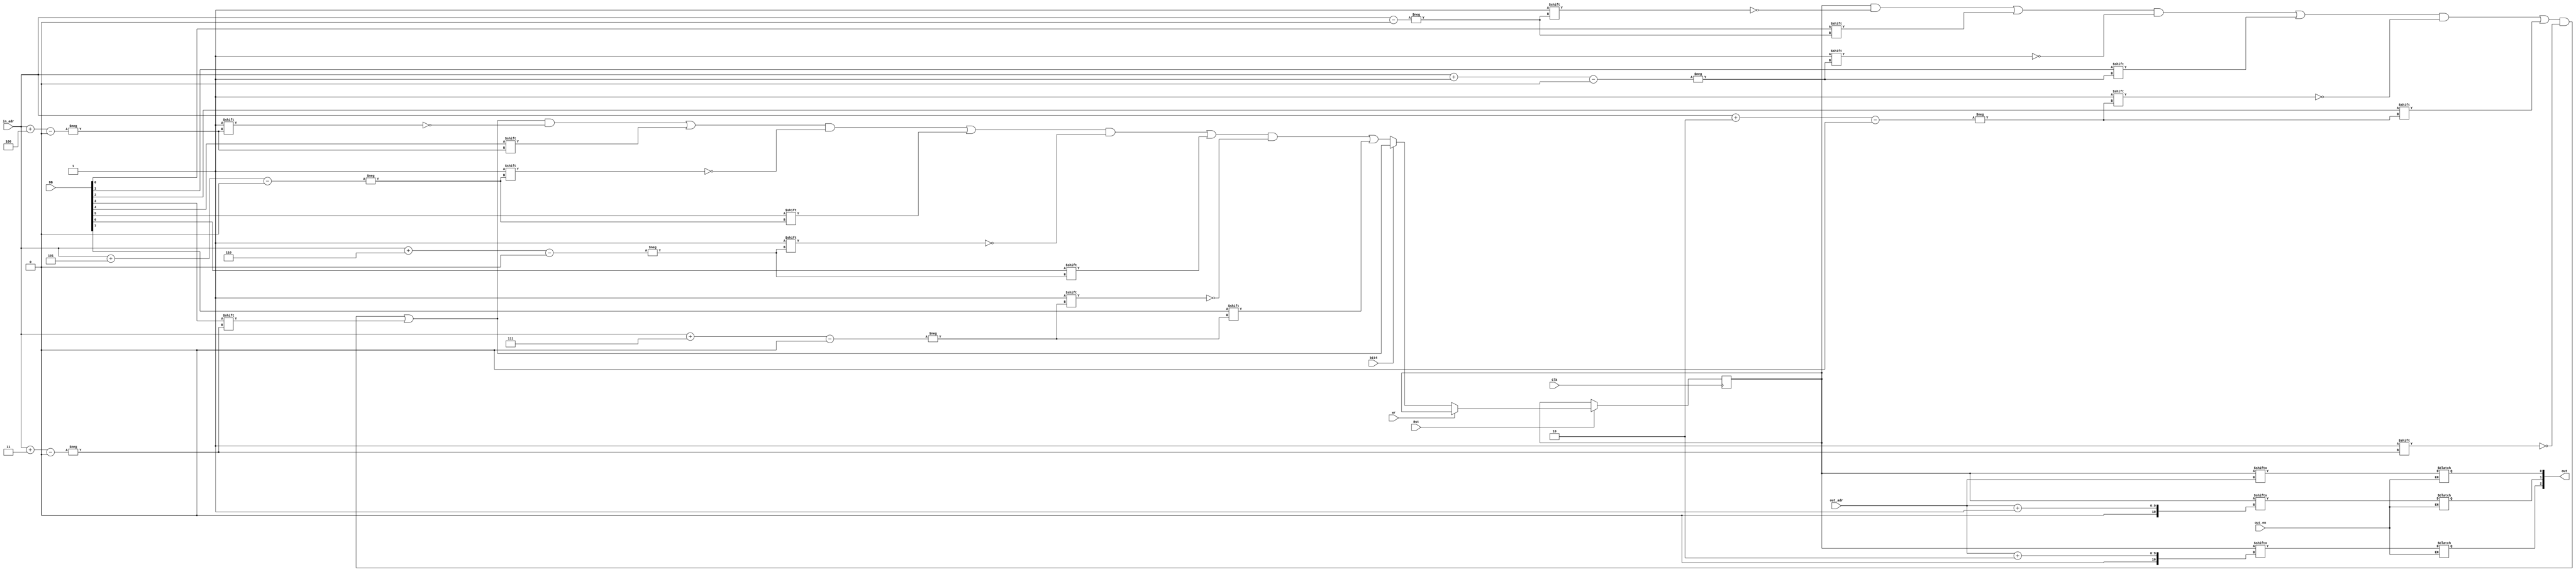
module mem(      input                      wr,
                 input      [7:0]           DB,
				 input      [8:0]           in_adr,
                 input      [8:0]           out_adr,
                 input                      out_en,                       
				 input                      Clk,
				 input		                Rst,
                 input                      bit4,
                 output      [2:0]          out);
			  
			     reg        [511:0]          mem    ;
			    

         integer i; 
             always@                   (negedge Clk)
			            begin
			                  if          (Rst == 0)

					
			                           for(i = 0; i == 511; i = i+1) 
          
			                               mem [i]= 0;

			  
			                  else
                               if     (wr == 0)
                               if     (!bit4)
							        begin
                                       mem [in_adr] <= DB [0];
                                       mem [in_adr+1] <= DB [1];
									   mem [in_adr+2] <= DB [2];
									   mem [in_adr+3] <= DB [3];
									   mem [in_adr+4] <= DB [4];
									   mem [in_adr+5] <= DB [5];
									   mem [in_adr+6] <= DB [6];
									   mem [in_adr+7] <= DB [7];
								    end	   
                                else   
								    begin
								       mem [in_adr] <= DB [0];
                                       mem [in_adr+1] <= DB [1];
									   mem [in_adr+2] <= DB [2];
									   mem [in_adr+3] <= DB [3];
									end
						end

           reg     out0,out1,out2;

           always@      (out_en or out_adr)
			  begin
                  if(out_en)
				  begin
					  
			                     out0 <= mem [out_adr] ;
								 out1 <= mem [out_adr+1];
								 out2 <= mem [out_adr+2];
				  end
			  end
		   assign out= {out2, out1, out0};
 
endmodule